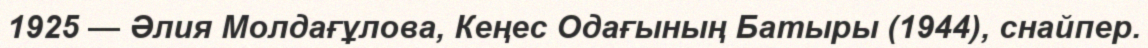
1925 — Әлия Молдағұлова, Кеңес Одағының Батыры (1944), снайпер.